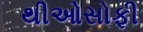
થીઓસોફી